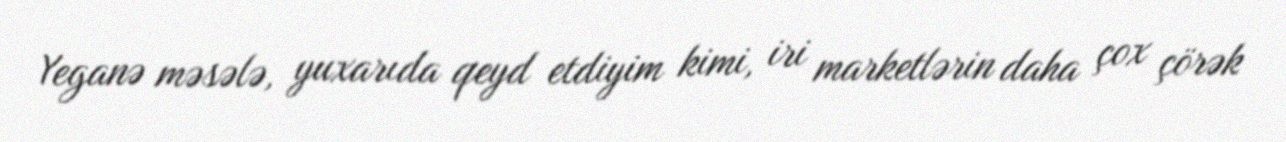
Yeganə məsələ, yuxarıda qeyd etdiyim kimi, iri marketlərin daha çox çörək